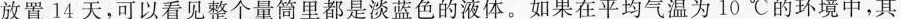
放置14天，可以看见整个量筒里都是淡蓝色的液体。如果在平均气温为10℃的环境中，其